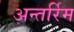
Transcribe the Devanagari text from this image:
अन्तर्रिम